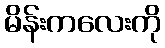
မိန်းကလေးကို